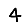
Digit: 4